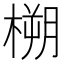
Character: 㮶